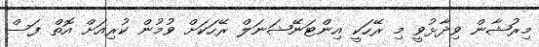
މިރުޝާން ވިދާޅުވީ މި ރޭހަކީ އިންޓަނޭޝަނަލް ރޭހަކަށް ވުމުން ކުރިއަށް އޮތް ފަސް